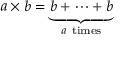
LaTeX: a \times b = \underbrace { b + \cdots + b } _ { a { \mathrm { ~ t i m e s } } }